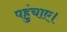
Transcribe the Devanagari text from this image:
पहुंचाए।